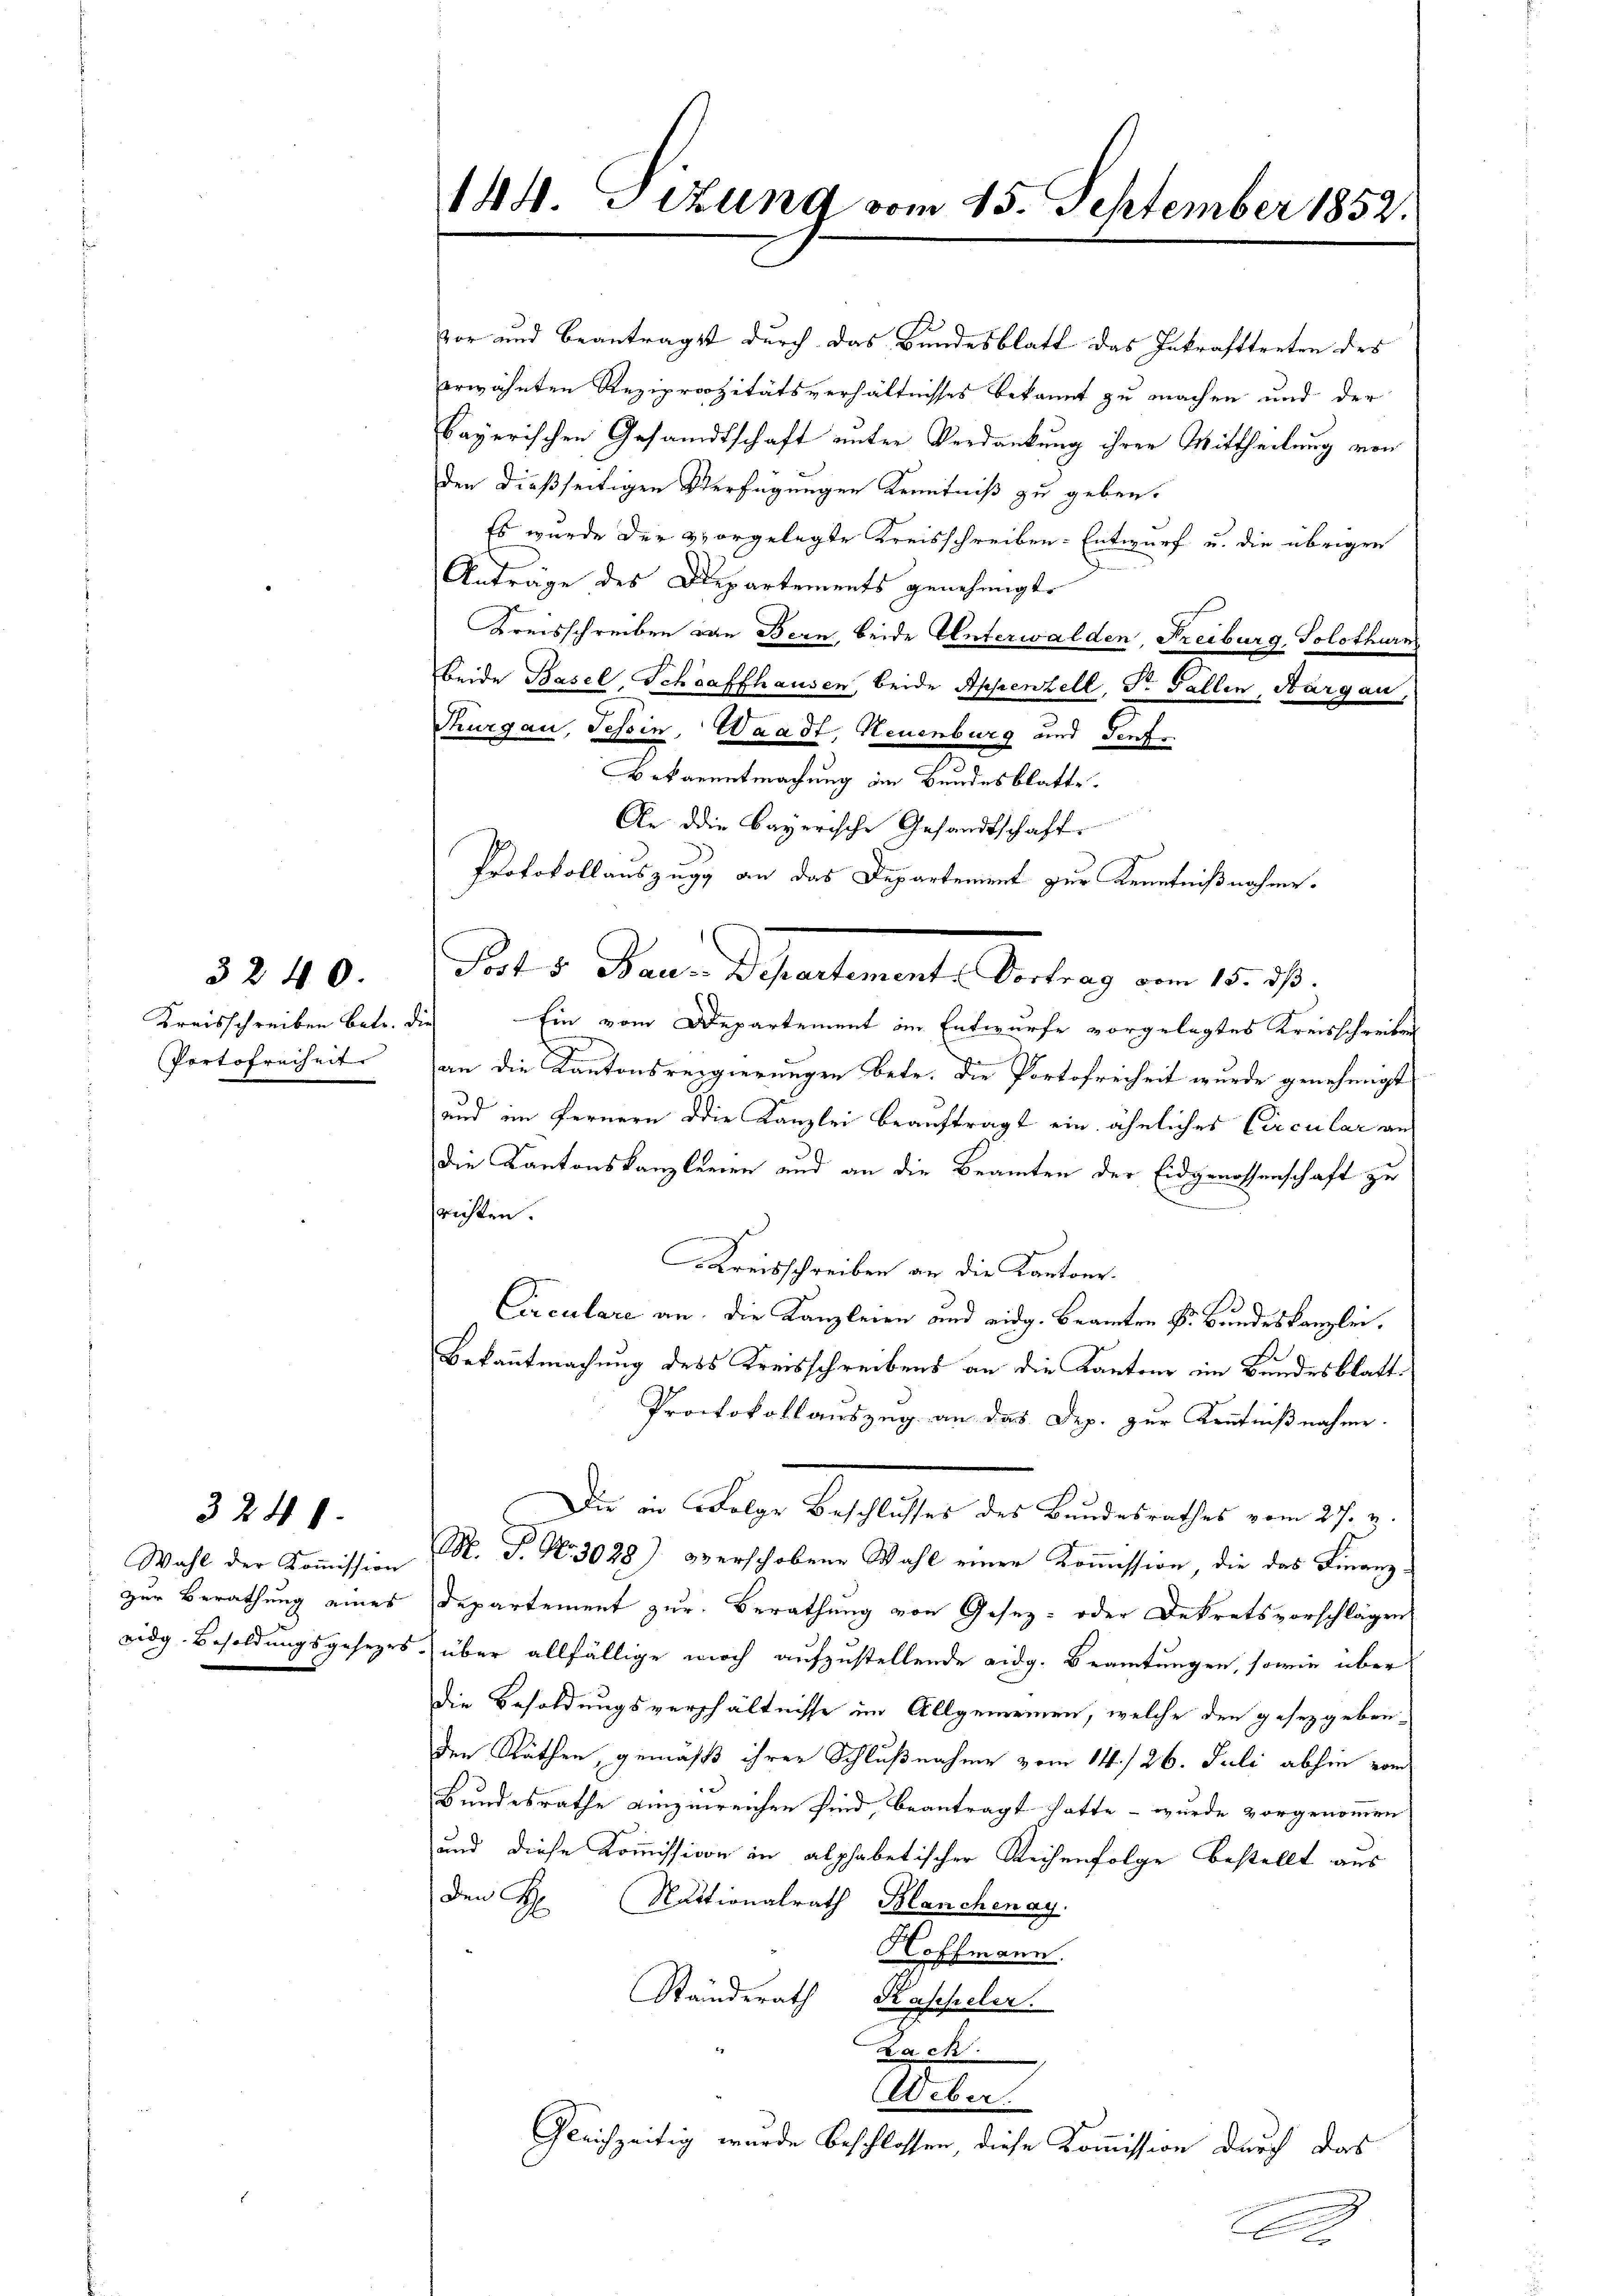
3240.
Portofreiheit

3248.

Wahl der Kommission
zur Berathung eines
vidg. Besoldungsgesezes.

144. Sizung vom 25. September 1852.

vor und beantragst durch das Bundesblatt das Inkrafttreten des
erwähnten Reziprozitätsverhältnisses bekannt zu machen und der
bayerischen Gesandtschaft unter Verdankung ihrer Mittheilung von
den dießseitigen Verfügungen Kenntniß zu geben.
Es wurde der vorgelegte Kreisschreiben-Entwurf u. die übrigen
Anträge des Departements genehmigte
Kreisschreiben von Bern, beide Unterwalden, Freiburg, Solothurn
Beide Basel, Schaffhausen, beide Appenzell, Dr. Fallen, Aargau,
Thurgau, Tessin, Waadt, Neuenburg und Dorf
Bekanntmachung im Bundesblatte.
An die bayerische Gesandtschaft.
Protokollauszugg an das Departement zur Kenntnißnahme.
Kreisschreiben betr. die Ein vom Departement im Entwurfe vorgelegtes Kreisschreiben
an die Kantonsregierungen betr. die Portofreiheit wurde genehmigt
und im Fernern die Kanzlei beauftragt ein ähnliches Circular andie Kantonskanzleien und an die Beamten der Eidgenossenschaft zu
fristen.
Kreisschreiben an die Kantone.
Circulare an, die Kanzleien und eidg. Beamten P. Bundeskanzlei.
Bekanntmachung des Kreisschreibens an die Kantone im Bundesblatt¬
Protokollauszug an das Dep. zur Kenntnißnahme.
Die in Atelige Beschlossen des Bundesrechtes vom 27. v.
M. T. N. 3028) overschobene Wahl einer Kommission, die das Finanz¬
Departement zur Berathung von Gesez- oder Dekretsvorschlägen
über allfällige woch aufzustellende eidg. Beamtungen, sowie über
die Besoldungsverhältnisse im Allgemeinen, welche den gesetzgeben,
den Räthen, gemäß ihrer Schlußnahme vom 14./26. Juli abhin vom
Bundesrathe einzureichen sind, beantragt hatte – wurde vorgenommen
und diese Kommission in alphabetischer Reihenfolge bestellt aus
Den H. Nationalrath Blanchenay.
Hoffmann.
Ständerath Kascheler.
ach.
Weber
Gleichzeitig wurde beschlossen, diese Kommission durch das

dats Bern Departement entrag im 15.